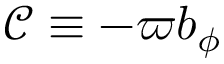
{ \mathcal { C } } \equiv - \varpi b _ { \phi }